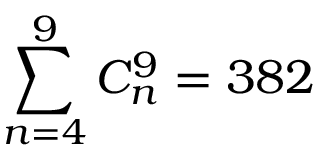
\sum _ { n = 4 } ^ { 9 } C _ { n } ^ { 9 } = 3 8 2